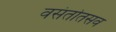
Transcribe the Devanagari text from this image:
वसंतोतसव